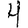
Digit: 4